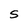
Character: S